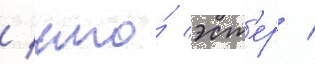
/ что́ эст'ер /